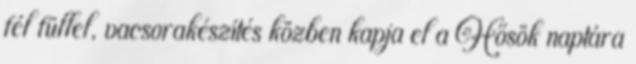
fél füllel, vacsorakészítés közben kapja el a Hősök naptára